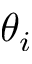
\theta _ { i }